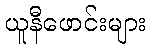
ယူနီဖောင်းများ